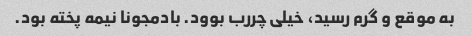
به موقع و گرم رسید، خیلی چررب بوود. بادمجونا نیمه پخته بود.